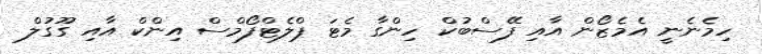
ހިމެނެނީ އެމެޒޯން އާއި ފޭސްބުކް ހިންގާ މެޓަ ޕްލެޓްފޯމްސް އިންކް އާއި ގޫގުލް